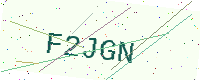
Text: F2JGN